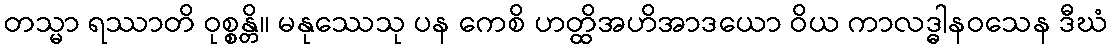
တသ္မာ ရဿာတိ ဝုစ္စန္တိ။ မနုဿေသု ပန ကေစိ ဟတ္ထိအဟိအာဒယော ဝိယ ကာလဒ္ဓါနဝသေန ဒီဃံ